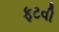
ફટવી